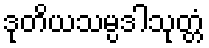
ဒုတိယသမ္ပဒါသုတ္တံ